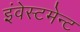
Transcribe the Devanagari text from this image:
इंवेस्टमेन्ट